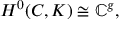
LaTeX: H ^ { 0 } ( C , K ) \cong \mathbb { C } ^ { g } ,